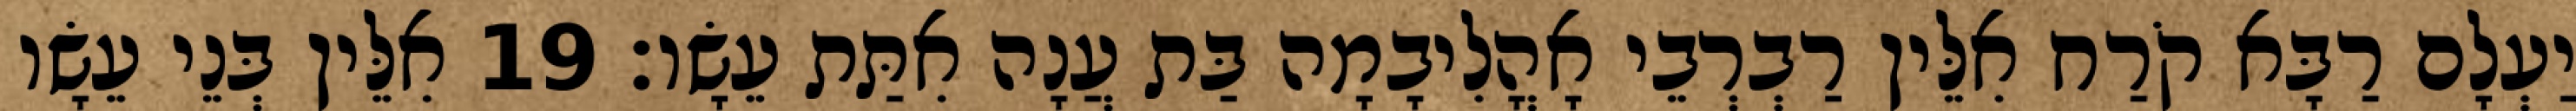
יַעְלָם רַבָּא קֹרַח אִלֵּין רַבְרְבֵי אָהֳלִיבָמָה בַּת עֲנָה אִתַּת עֵשָׂו׃ 19 אִלֵּין בְּנֵי עֵשָׂו